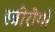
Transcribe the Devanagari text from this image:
स्त्रीरोगों